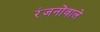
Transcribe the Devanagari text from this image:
रंजनोंवाले